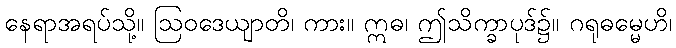
နေရာအရပ်သို့။ ဩဝဒေယျာတိ၊ ကား။ ဣဓ၊ ဤသိက္ခာပုဒ်၌။ ဂရုဓမ္မေဟိ၊